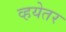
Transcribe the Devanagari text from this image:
व्हयेतर